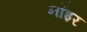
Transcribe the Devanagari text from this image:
नॉइर